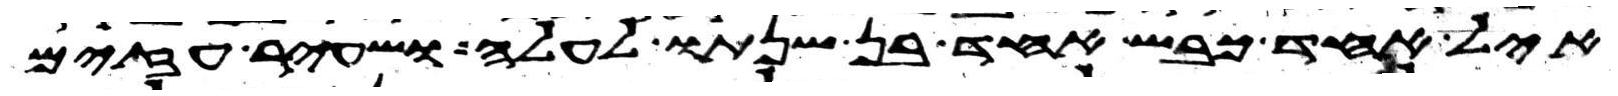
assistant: איל אחד כבש אחד בן שנתו לעלה ושעיר עזים